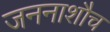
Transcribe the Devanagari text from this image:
जननाशौच